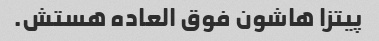
پیتزا هاشون فوق العاده هستش.